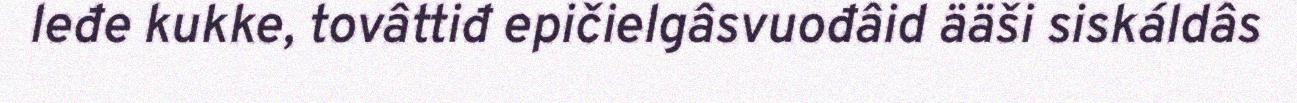
leđe kukke, tovâttiđ epičielgâsvuođâid ääši siskáldâs